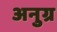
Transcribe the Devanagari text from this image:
अनुग्र